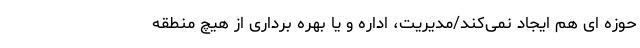
حوزه ای هم ایجاد نمی‌کند/مدیریت، اداره و یا بهره برداری از هیچ منطقه